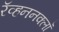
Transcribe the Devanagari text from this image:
रॅव्हननक्लॉ